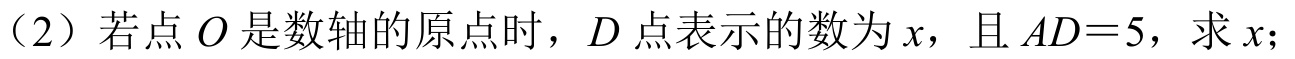
（2）若点 \(O\) 是数轴的原点时，\(D\) 点表示的数为 \(x\)，且 \(AD = 5\)，求 \(x\)；